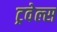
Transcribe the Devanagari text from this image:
ट्रवेल्स